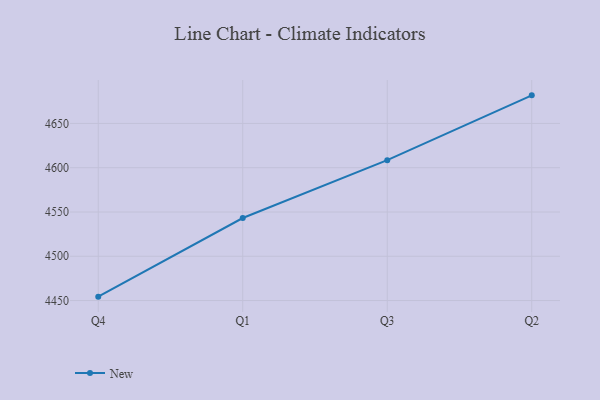
{"axis": {"x": "Quarter", "y": "Temperature (°C)"}, "legend": ["New"], "data": [{"x": "Q4", "y": 4454.4, "type": "New"}, {"x": "Q1", "y": 4543.2, "type": "New"}, {"x": "Q3", "y": 4608.5, "type": "New"}, {"x": "Q2", "y": 4681.7, "type": "New"}]}